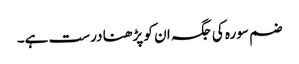
ضم سورہ کی جگہ ان کو پڑھنا درست ہے۔